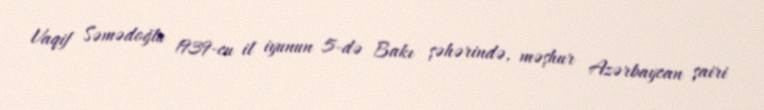
Vaqif Səmədoğlu 1939-cu il iyunun 5-də Bakı şəhərində, məşhur Azərbaycan şairi